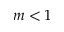
m < 1